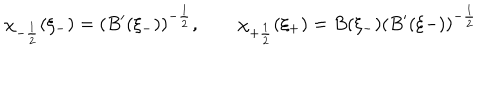
LaTeX: \chi _ { - \frac { 1 } { 2 } } ( \xi _ { - } ) = ( B ^ { \prime } ( \xi _ { - } ) ) ^ { - \frac { 1 } { 2 } } , \qquad \chi _ { + \frac { 1 } { 2 } } ( \xi _ { + } ) = B ( \xi _ { - } ) ( B ^ { \prime } ( \xi { - } ) ) ^ { - \frac { 1 } { 2 } }